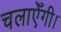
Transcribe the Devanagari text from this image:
चलाएँगी।